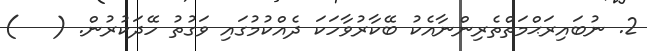
2. ނުބައިރަޙްމަތްތެރިންނާއެކު ބޭކާރުވާހަކަ ދެއްކުމުގައި ވަގުތު ހޭދަކުރުން. (   )